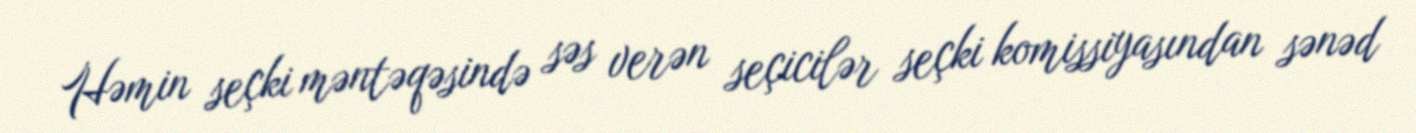
Həmin seçki məntəqəsində səs verən seçicilər seçki komissiyasından sənəd